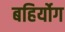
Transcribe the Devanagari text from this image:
बहिर्योग